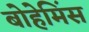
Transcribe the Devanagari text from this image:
बोहेमिंस